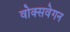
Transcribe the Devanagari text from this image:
वोक्सवेगन